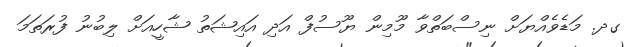
ގދ. މަޑެވެއްޔަށް ނިސްބަތްވާ މޫމިން ޔޫސުފް އަދި އައިޝަތު ޝާހީއަށް ލިބުނު ފުރަތަމަ